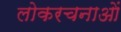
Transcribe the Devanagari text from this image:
लोकरचनाओं